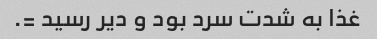
غذا به شدت سرد بود و دیر رسید =.